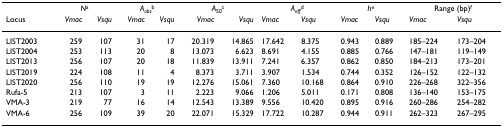
|  | <COLSPAN=2> Na | <COLSPAN=2> Aobsb | <COLSPAN=2> A50c | <COLSPAN=2> Aeffd | <COLSPAN=2> he | <COLSPAN=2> Range (bp)f |
 | Locus | Vmac | Vsqu | Vmac | Vsqu | Vmac | Vsqu | Vmac | Vsqu | Vmac | Vsqu | Vmac | Vsqu |
 | --- | --- | --- | --- | --- | --- | --- | --- | --- | --- | --- | --- | --- |
 | LIST2003 | 259 | 107 | 31 | 17 | 20.319 | 14.865 | 17.642 | 8.375 | 0.943 | 0.889 | 185–224 | 173–204 |
 | LIST2004 | 253 | 113 | 20 | 8 | 13.073 | 6.623 | 8.691 | 4.155 | 0.885 | 0.766 | 147–181 | 119–149 |
 | LIST2013 | 256 | 107 | 20 | 18 | 11.839 | 13.911 | 7.241 | 6.357 | 0.862 | 0.850 | 184–213 | 173–201 |
 | LIST2019 | 224 | 108 | 11 | 4 | 8.373 | 3.711 | 3.907 | 1.534 | 0.744 | 0.352 | 126–152 | 122–132 |
 | LIST2020 | 256 | 110 | 19 | 19 | 12.276 | 15.061 | 7.360 | 10.168 | 0.864 | 0.910 | 226–268 | 322–356 |
 | Rufa-5 | 213 | 107 | 3 | 11 | 2.223 | 9.066 | 1.206 | 5.011 | 0.171 | 0.808 | 136–140 | 153–175 |
 | VMA-3 | 219 | 77 | 16 | 14 | 12.543 | 13.389 | 9.556 | 10.420 | 0.895 | 0.916 | 260–286 | 254–282 |
 | VMA-6 | 256 | 109 | 39 | 20 | 22.071 | 15.329 | 17.722 | 10.287 | 0.944 | 0.911 | 262–323 | 267–295 |